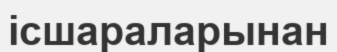
ісшараларынан